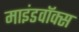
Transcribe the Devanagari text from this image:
माइंडवॉक्स